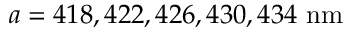
a = 4 1 8 , 4 2 2 , 4 2 6 , 4 3 0 , 4 3 4 \ \mathrm { n m }